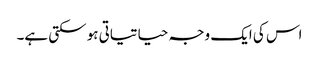
اس کی ایک وجہ حیاتیاتی ہو سکتی ہے۔